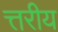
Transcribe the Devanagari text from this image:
त्तरीय